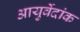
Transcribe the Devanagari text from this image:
आयुर्वेदांक